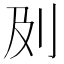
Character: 𠚵